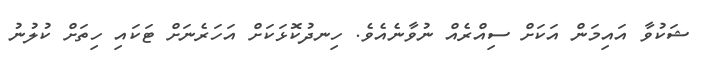
ޝަކުވާ އައިމަން އަކަށް ސިއްރެއް ނުވާނެއެވެ. ހިނދުކޮޅަކަށް އަހަރެނަށް ޓަކައި ހިތަށް ކުލުނު